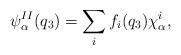
\begin{align*} \psi_\alpha^{II}(q_3)=\sum_{i}f_i(q_3)\chi_\alpha^i,\end{align*}